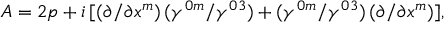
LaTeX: A = 2 p + i \, [ ( \partial / \partial x ^ { m } ) \, ( \gamma ^ { 0 m } / \gamma ^ { 0 3 } ) + ( \gamma ^ { 0 m } / \gamma ^ { 0 3 } ) \, ( \partial / \partial x ^ { m } ) ] ,